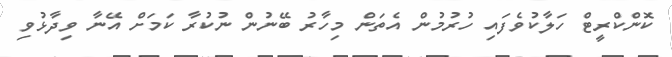
ކޮންކްރީޓް ހަލާކުވެފައި ހުރުމުން އެތަން މިހާރު ބޭނުން ނުކުރާ ކަމަށް އޭނާ ވިދާޅުވި